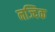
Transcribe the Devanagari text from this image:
नज्दिक